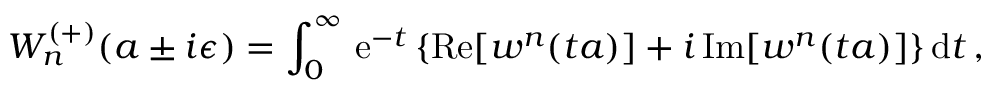
W _ { n } ^ { ( + ) } ( a \pm i \epsilon ) = \int _ { 0 } ^ { \infty } \, \mathrm { e } ^ { - t } \, \{ \mathrm { R e } [ w ^ { n } ( t a ) ] + i \, \mathrm { I m } [ w ^ { n } ( t a ) ] \} \, \mathrm { d } t \, ,